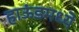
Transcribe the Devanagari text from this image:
हाऊंडमध्ये